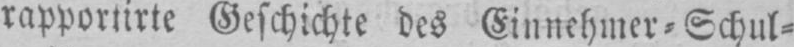
rapportirte Geschichte des Einnehmer⸗Schul⸗